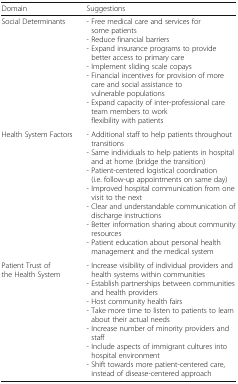
<table><thead><tr><td><b>Domain</b></td><td><b>Suggestions</b></td></tr></thead><tbody><tr><td>Social Determinants</td><td>- Free medical care and services for some patients- Reduce financial barriers- Expand insurance programs to provide better access to primary care- Implement sliding scale copays- Financial incentives for provision of more care and social assistance to vulnerable populations- Expand capacity of inter-professional care team members to work flexibility with patients</td></tr><tr><td>Health System Factors</td><td>- Additional staff to help patients throughout transitions- Same individuals to help patients in hospital and at home (bridge the transition)- Patient-centered logistical coordination (i.e. follow-up appointments on same day)- Improved hospital communication from one visit to the next- Clear and understandable communication of discharge instructions- Better information sharing about community resources- Patient education about personal health management and the medical system</td></tr><tr><td>Patient Trust of the Health System</td><td>- Increase visibility of individual providers and health systems within communities- Establish partnerships between communities and health providers- Host community health fairs- Take more time to listen to patients to learn about their actual needs- Increase number of minority providers and staff- Include aspects of immigrant cultures into hospital environment- Shift towards more patient-centered care, instead of disease-centered approach</td></tr></tbody></table>